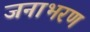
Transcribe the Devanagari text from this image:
जनाभरण